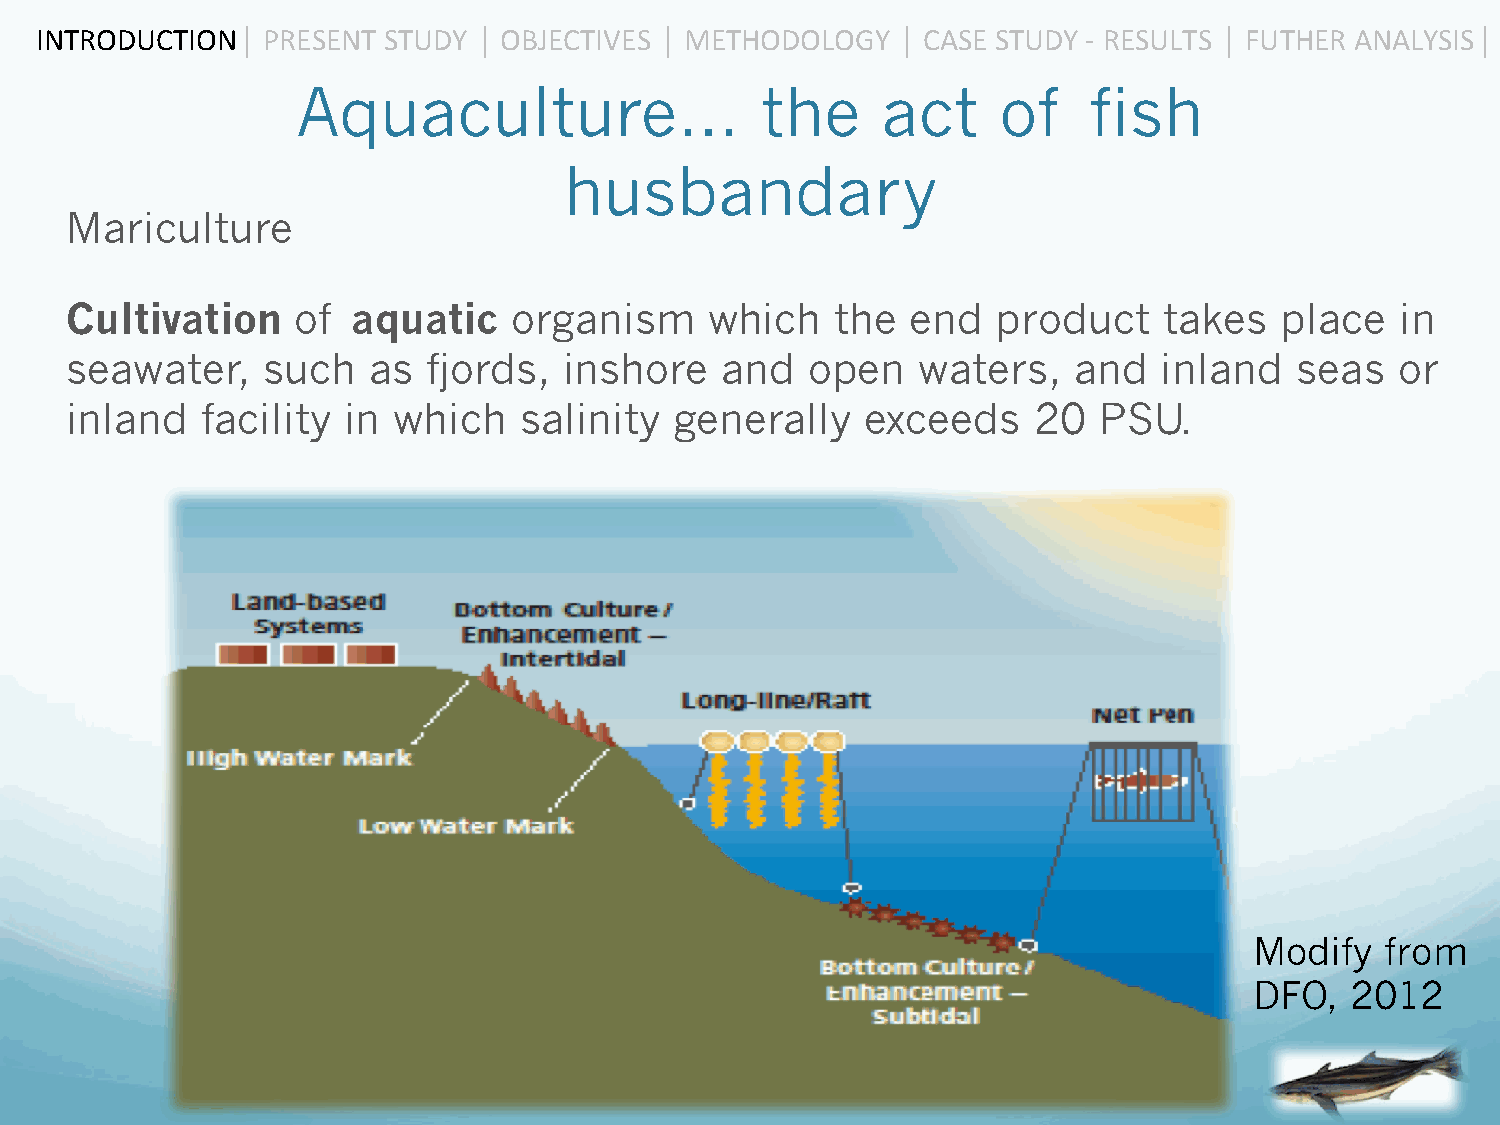
INTRODUCTION  ⎜ PRESENT STUDY ⎜ OBJECTIVES ⎜ METHODOLOGY ⎜ CASE STUDY -­‐ RESULTS ⎜ FUTHER ANALYSIS ⎜
 Aquaculture…                  the     act     of    fish
 husbandary
 Mariculture
 Cultivation     of aquatic    organism     which   the  end   product    takes   place   in
 seawater,    such   as  fjords,  inshore    and   open   waters,   and   inland   seas   or
 inland   facility  in which   salinity   generally   exceeds    20   PSU.
 Modify   from
 DFO,  2012